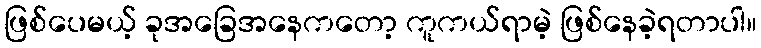
ဖြစ်ပေမယ့် ခုအခြေအနေကတော့ ကူကယ်ရာမဲ့ ဖြစ်နေခဲ့ရတာပါ။